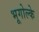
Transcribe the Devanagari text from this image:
भूगोल्के